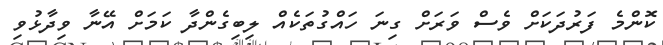
ކޮންމެ ފަރުދަކަށް ވެސް ވަރަށް ގިނަ ހައްގުތަކެއް ލިބިގެންދާ ކަމަށް އޭނާ ވިދާޅުވި